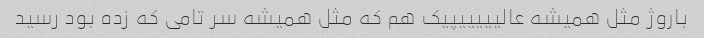
باروژ مثل همیشه عالیییییپیک هم که مثل همیشه سر تامی که زده بود رسید